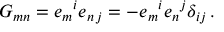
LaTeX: G _ { m n } = e _ { m } { } ^ { i } e _ { n \, j } = - e _ { m } { } ^ { i } e _ { n } { } ^ { j } \delta _ { i j } \, .